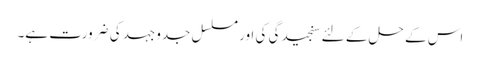
اس کے حل کے لئے سنجیدگی کی اور مسلسل جدوجہد کی ضرورت ہے۔